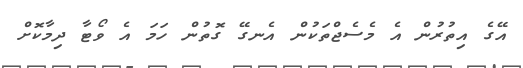
އޭގެ އިތުރުން އެ މެސެޖްތަކުން އެނގޭ ގޮތުން ހަމަ އެ ވޯޓާ ދިމާކޮށް